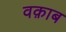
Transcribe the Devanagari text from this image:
वक़ाब